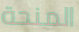
المنحة